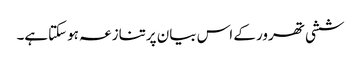
ششی تھرور کے اس بیان پرتنازعہ ہوسکتاہے۔